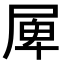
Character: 𡲎